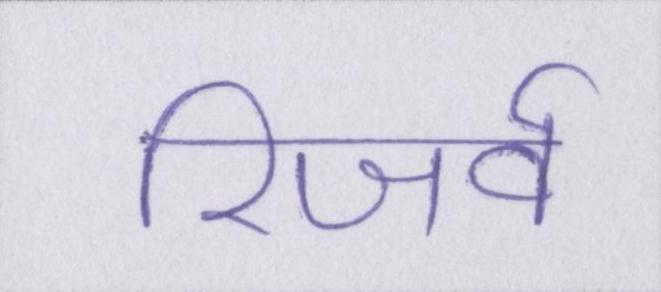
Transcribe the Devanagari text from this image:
रिजर्व